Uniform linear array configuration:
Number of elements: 8
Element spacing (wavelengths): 1
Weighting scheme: exponential
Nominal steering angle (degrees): -60
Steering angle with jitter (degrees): -61.665
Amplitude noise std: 0.05
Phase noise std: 0.05

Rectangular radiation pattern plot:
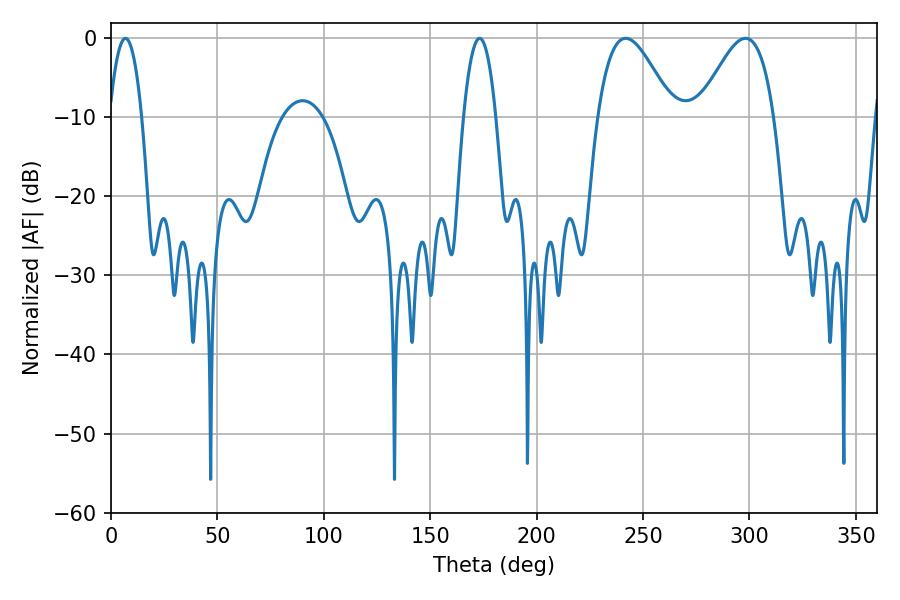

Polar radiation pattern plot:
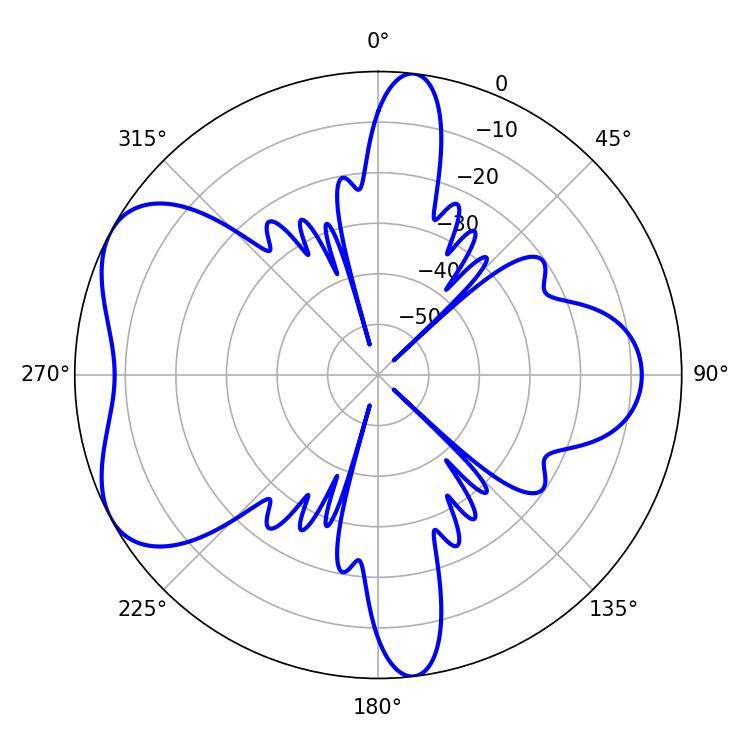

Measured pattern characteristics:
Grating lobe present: TRUE
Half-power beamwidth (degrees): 18.9
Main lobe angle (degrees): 241.92